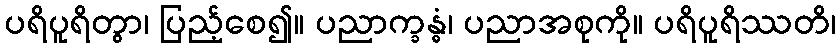
ပရိပူရိတွာ၊ ပြည့်စေ၍။ ပညာက္ခန္ဓံ၊ ပညာအစုကို။ ပရိပူရိဿတိ၊